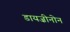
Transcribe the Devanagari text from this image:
डायज़ीनोन